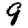
Digit: 9